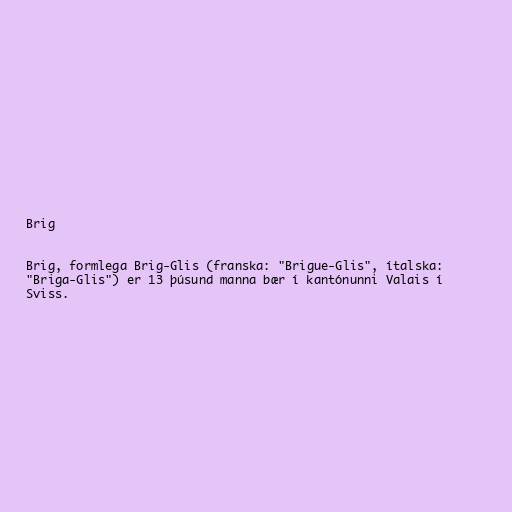
Brig

Brig, formlega Brig-Glis (franska: "Brigue-Glis", ítalska:
"Briga-Glis") er 13 þúsund manna bær í kantónunni Valais í
Sviss.